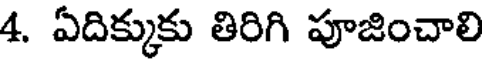
4. ఏదిక్కుకు తిరిగి పూజించాలి